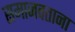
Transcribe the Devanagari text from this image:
समाजवताना